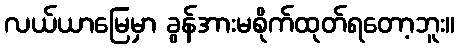
လယ်ယာမြေမှာ ခွန်အားမစိုက်ထုတ်ရတော့ဘူး။